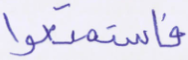
فاستمتعوا